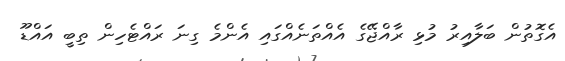
އެގޮތުން ބަލާއިރު މުޅި ރާއްޖޭގެ އެއްތަނެއްގައި އެންމެ ގިނަ ރައްޓެހިން ތިބީ އައްޑޫ